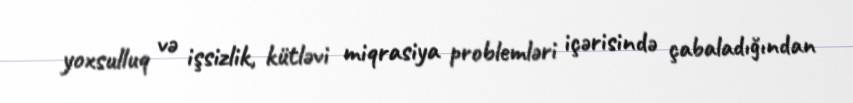
yoxsulluq və işsizlik, kütləvi miqrasiya problemləri içərisində çabaladığından